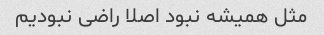
مثل همیشه نبود اصلا راضی نبودیم